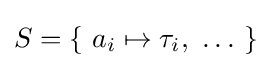
S=\left\{\ a_{i}\mapsto \tau _{i},\ \dots \ \right\}